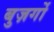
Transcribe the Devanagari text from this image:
बुज़र्गो